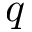
\boldsymbol { q }